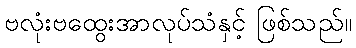
ဗလုံးဗထွေးအာလုပ်သံနှင့် ဖြစ်သည်။